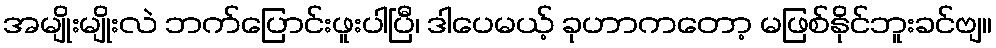
အမျိုးမျိုးလဲ ဘက်ပြောင်းဖူးပါပြီ၊ ဒါပေမယ့် ခုဟာကတော့ မဖြစ်နိုင်ဘူးခင်ဗျ။